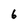
Character: 6